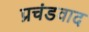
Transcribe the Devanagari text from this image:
प्रचंडवाद